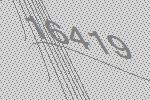
16419